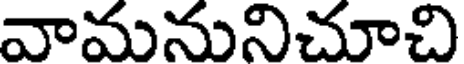
వామనునిచూచి